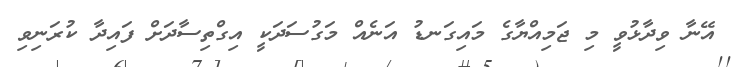
އޭނާ ވިދާޅުވީ މި ޖަމިއްޔާގެ މައިގަނޑު އަނެެއް މަގުސަދަކީ އިގްތިސާދަށް ފައިދާ ކުރަނިވި